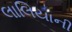
લાલિયાની